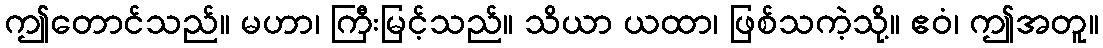
ဤတောင်သည်။ မဟာ၊ ကြီးမြင့်သည်။ သိယာ ယထာ၊ ဖြစ်သကဲ့သို့။ ဧဝံ၊ ဤအတူ။